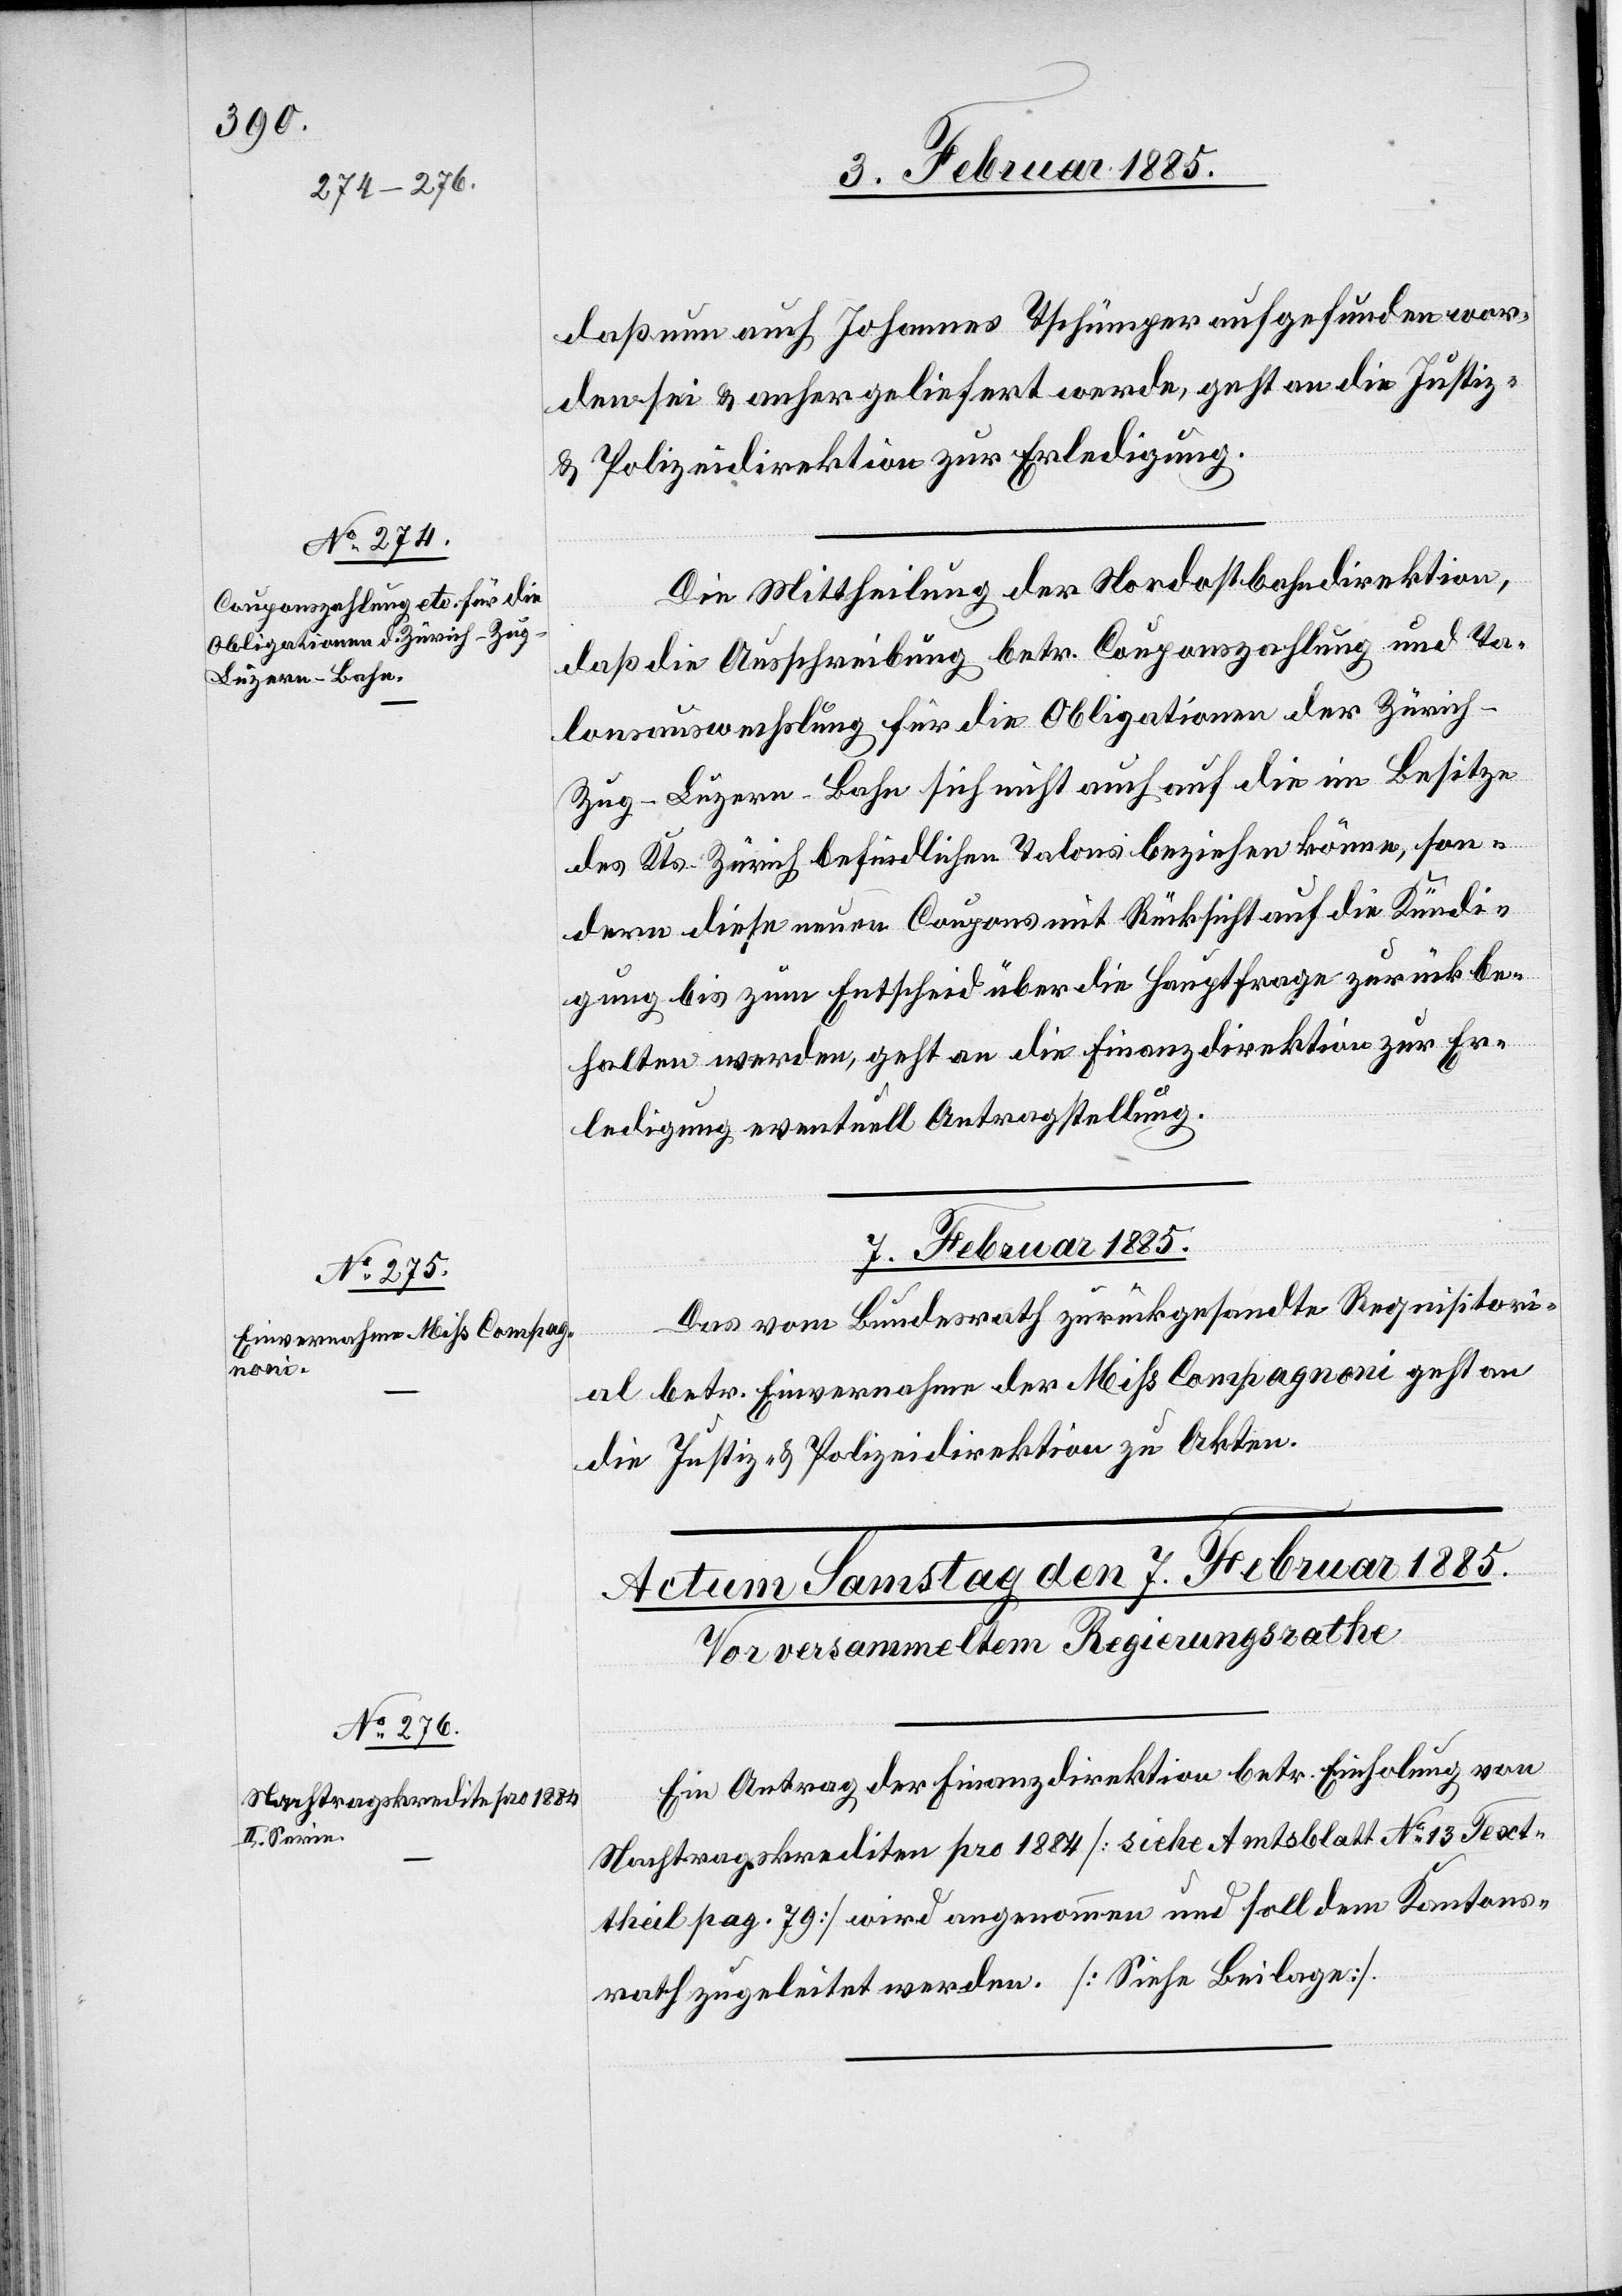
daß nun Johannes Tschümper aufgefunden wor¬
den sei & anher geliefert werde, geht an die Justiz-
& Polizeidirektion zur Erledigung.
Die Mittheilung der Nordostbahndirektion,
das die Ausschreibung betr. Couponzahlung und Ta¬
lonauswechslung für die Obligationen der Züric¬
h–Zug–Luzern-Bahn sich nicht auch auf die im Besitze
des Kts. Zürich befindlichen Talons beziehen könne, son¬
dern diese neuen Coupons mit Rücksicht auf die Kündi¬
gung bis zum Entscheid über die Hauptfrage zurückbe¬
halten werden, geht an die Finanzdirektion zur Er¬
ledigung eventuelle Antragstellung.
6. Februar 1885
Das vom Bundesrath zurückgesandte Requisitori¬
al betr. Einvernahme der Miß Compagnoni geht an
Justiz- & Polizeidirektion zu Akten.
Ein Antrag der Finanzdirektion betr. Einholung von
Nachtragskrediten pro 1884 [siehe Amtsblatt No 13 Text¬
theil pag. 79] wird angenommen und soll dem Kantons¬
rath zugeleitet werden. [Siehe Beilage].